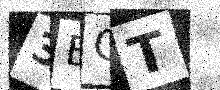
Text: 3EOT